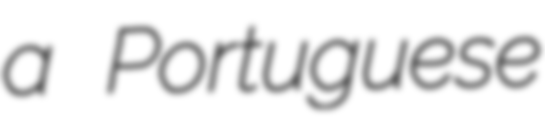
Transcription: a Portuguese